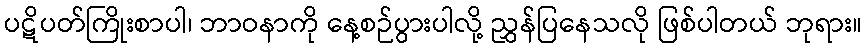
ပဋိပတ်ကြိုးစာပါ၊ ဘာဝနာကို နေ့စဉ်ပွားပါလို့ ညွှန်ပြနေသလို ဖြစ်ပါတယ် ဘုရား။